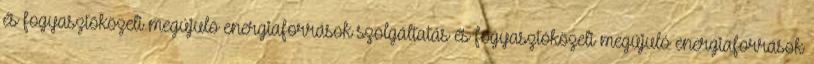
és fogyasztóközeli megújuló energiaforrások szolgáltatás és fogyasztóközeli megújuló energiaforrások